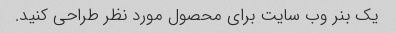
یک بنر وب سایت برای محصول مورد نظر طراحی کنید.